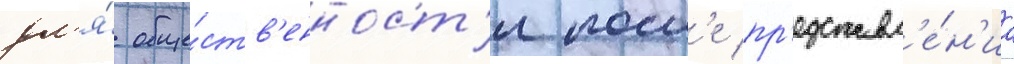
дл'я́ обще́ств'енност'и посл'е пр'едставл'е́н'иа